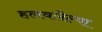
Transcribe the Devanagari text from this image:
हलवलेल्या